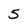
Character: 5